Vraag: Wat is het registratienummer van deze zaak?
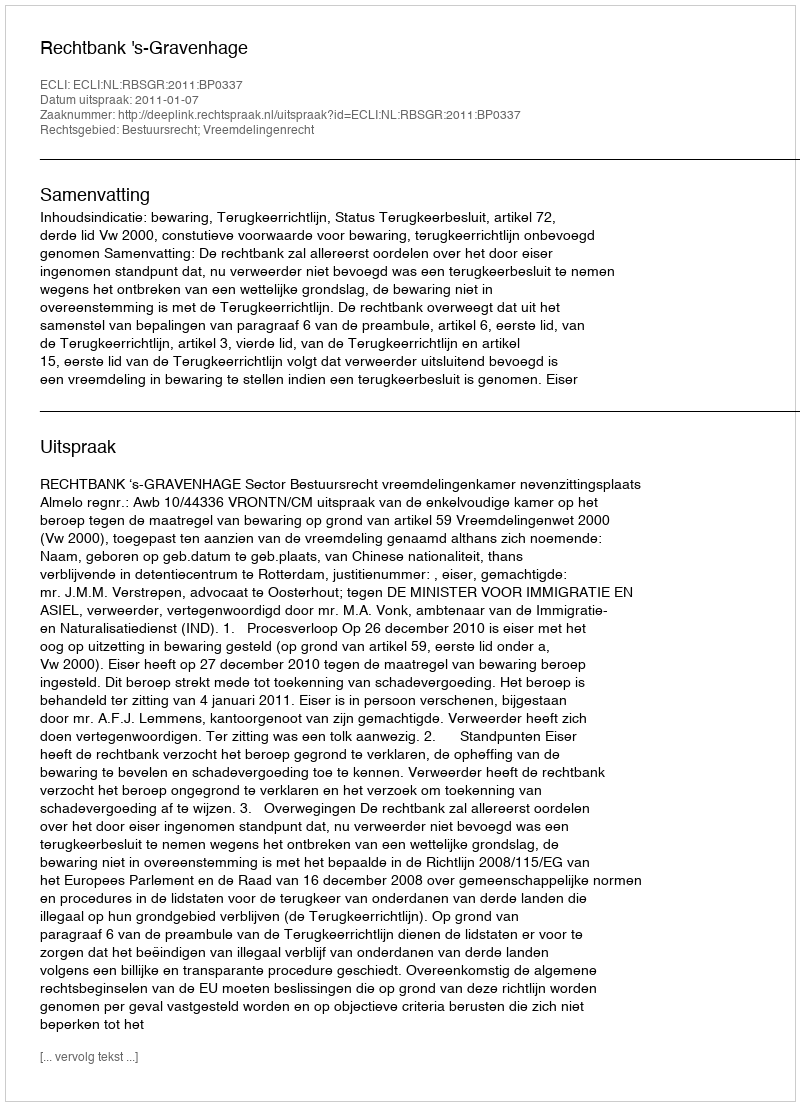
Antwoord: http://deeplink.rechtspraak.nl/uitspraak?id=ECLI:NL:RBSGR:2011:BP0337